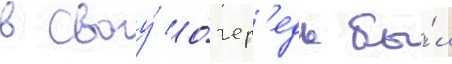
в своу́ о́чер'едь бы́л